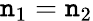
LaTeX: \mathtt{n}_{1}=\mathtt{n}_{2}